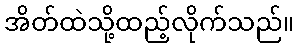
အိတ်ထဲသို့ထည့်လိုက်သည်။